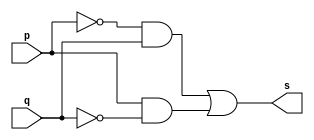
// -------------------------
// Exercicio 06 - XOR Morgam
// Nome: Yousef
// -------------------------
// -------------------------
// -- Nor gate
// -------------------------
module xorgate ( output s,
input p, q);
assign s = (~p & q)|(p & ~q);
endmodule // xorgate
// ---------------------
// -- test or gate
// ---------------------
module testxorgate;
// ------------------------- dados locais
reg a, b; // definir registradores
wire s; // definir conexao (fio)
// ------------------------- instancia
xorgate XOR1 (s, a, b);
// ------------------------- preparacao
initial begin:start
// atribuicao simultanea
// dos valores iniciais
a=0; b=0;
end
// ------------------------- parte principal
initial begin
$display("Exercicio 06 - Yousef - 441714");
$display("Test XOR gate");
$display("\n(~a & b) | (a & ~b) = s\n");
$monitor("%b Y %b = %b", a, b, s);
#1a=0; b=0;
#1a=0; b=1;
#1a=1; b=0;
#1a=1; b=1;

end
endmodule // testxorgate